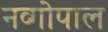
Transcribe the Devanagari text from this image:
नव्गोपाल